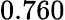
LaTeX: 0.760